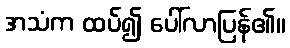
အသံက ထပ်၍ ပေါ်လာပြန်၏။